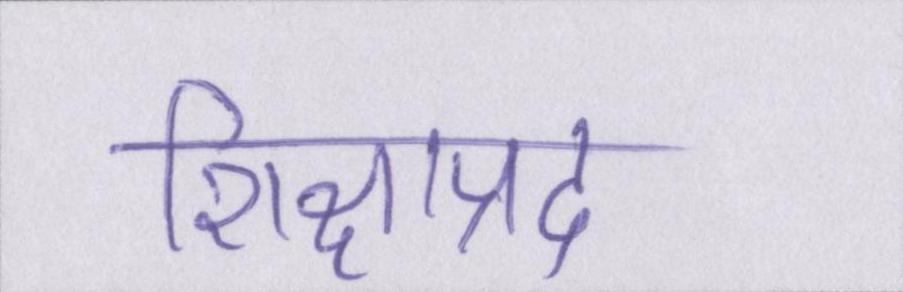
शिक्षाप्रद